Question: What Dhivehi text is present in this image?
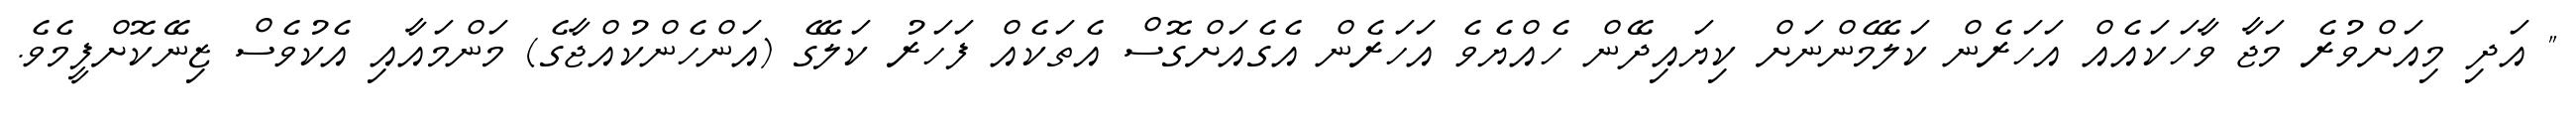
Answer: " އަދި މިއަށްވުރެ މަޖާ ވާހަކައެއް އަހަރެން ކަލޭމެންނަށް ކިޔައިދޭން ހެއްޔެވެ އަހަރެން އެގެއަށްގޮސް އެތަކެއް ފަހަރު ކަލޭގެ (އަންހެންކުއްޖާގެ) މަންމައާއި އެކުވެސް ޒިނޭކޮށްފީމެވެ.